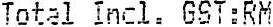
TOTAL INCL. GST:RM